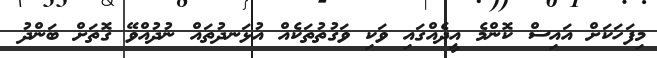
މިފަހަކަށް އައިސް ކޮންމެ އީދެއްގައި ވަކި ވަގުތުތަކެއް އުޅަނދުތައް ނުދުއްވޭ ގޮތަށް ބަންދު